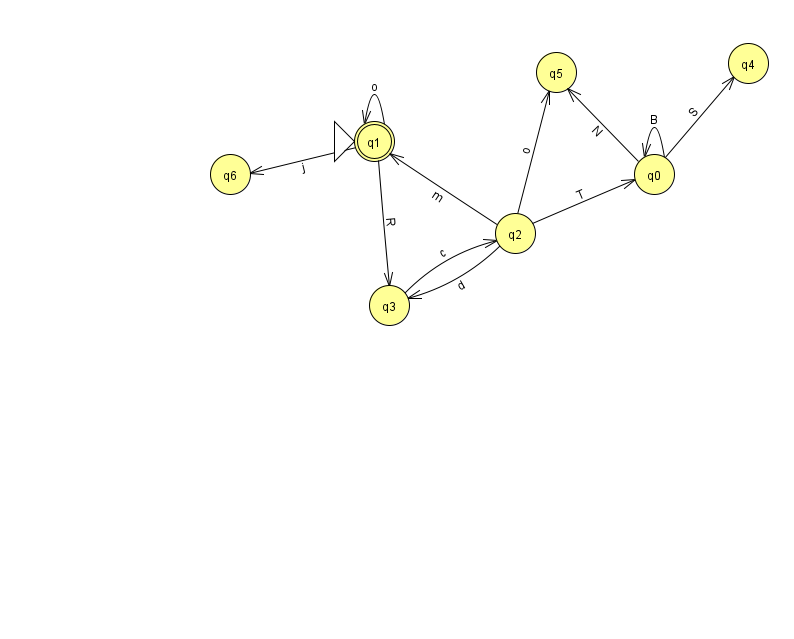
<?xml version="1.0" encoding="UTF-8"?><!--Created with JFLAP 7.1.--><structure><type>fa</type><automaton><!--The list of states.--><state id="0" name="q0"><x>654.0</x><y>161.0</y></state><state id="1" name="q1"><x>374.0</x><y>128.0</y><initial/><final/></state><state id="2" name="q2"><x>515.0</x><y>220.0</y></state><state id="3" name="q3"><x>389.0</x><y>292.0</y></state><state id="4" name="q4"><x>748.0</x><y>50.0</y></state><state id="5" name="q5"><x>556.0</x><y>59.0</y></state><state id="6" name="q6"><x>230.0</x><y>161.0</y></state><!--The list of transitions.--><transition><from>0</from><to>0</to><read>B</read></transition><transition><from>0</from><to>5</to><read>N</read></transition><transition><from>1</from><to>6</to><read>j</read></transition><transition><from>2</from><to>5</to><read>o</read></transition><transition><from>2</from><to>1</to><read>m</read></transition><transition><from>3</from><to>2</to><read>c</read></transition><transition><from>1</from><to>3</to><read>R</read></transition><transition><from>2</from><to>3</to><read>d</read></transition><transition><from>0</from><to>4</to><read>S</read></transition><transition><from>2</from><to>0</to><read>T</read></transition><transition><from>1</from><to>1</to><read>o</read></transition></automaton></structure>